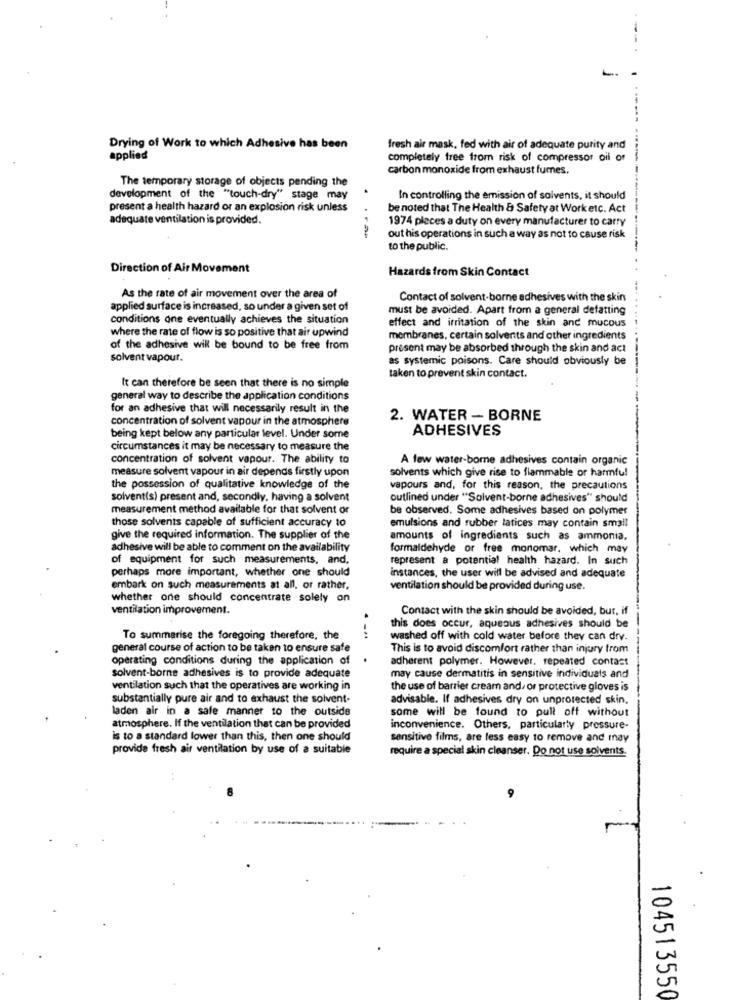
Drying of Work to which Adhesive has been
fresh air mask, fed with air of adequate purity and
applied
completely free from risk of compressor oil of
-
carbon monoxide from exhaust fumes.
The temporary storage of objects pending the
development of the "touch-dry" stage may
In controlling the emission of solvents, it should
present a health hazard or an explosion risk unless
be noted that The Health & Safety at Work etc. Act
adequate ventilation is provided.
1974 places a duty on every manufacturer to carry
out his operations in such a way as not to cause risk
to the public.
Direction of Air Movement
Hazards from Skin Contact
As the rate of air movement over the area of
Contact of solvent-borne adhesives with the skin
applied surface is increased, so under a given set of
must be avoided. Apart from a general delatting
conditions one eventually achieves the situation
effect and irritation of the skin and mucous
where the rate of flow is so positive that air upwind
membranes, certain solvents and other ingredients
of the adhesive will be bound to be free from
present may be absorbed through the skin and act
solvent vapour.
as systemic poisons. Care should obviously be
taken to prevent skin contact.
It can therefore be seen that there is no simple
general way to describe the application conditions
for an adhesive that will necessarily result in the
concentration of solvent vapour in the atmosphere
2. WATER - BORNE
ADHESIVES
being kept below any particular level. Under some
circumstances it may be necessary to measure the
concentration of solvent vapour. The ability to
A few water-borne adhesives contain organic
measure solvent vapour in air depends firstly upon
solvents which give rise to flammable or harmful
the possession of qualitative knowledge of the
vapours and, for this reason, the precautions
solvent(s) present and, secondly, having a solvent
outlined under "Solvent-borne adhesives" should
measurement method available for that solvent or
be observed. Some adhesives based on polymer
those solvents capable of sufficient accuracy to
emulsions and rubber latices may contain small
give the required information. The supplier of the
amounts of ingredients such as ammonia.
adhesive will be able to comment on the availability
formaldehyde or free monomar, which may
of equipment for such measurements, and,
represent a potential health hazard. In such
perhaps more important, whether one should
instances, the user will be advised and adequate
embark on such measurements at all, or rather,
ventilation should be provided during use.
whether one should concentrate solely on
ventilation improvement.
Contact with the skin should be avoided, but, if
this does occur, aqueous adhesives should be
To summarise the foregoing therefore, the
washed off with cold water before they can dry.
general course of action to be taken to ensure safe
This is to avoid discomfort rather than injury from
operating conditions during the application of
.
adherent polymer. However, repeated contact
solvent-borne adhesives is to provide adequate
may cause dermatitis in sensitive individuals and
ventilation such that the operatives are working in
the use of barrier cream and/ or protective gloves is
substantially pure air and to exhaust the solvent-
advisable. If adhesives dry on unprotected skin.
laden air in a safe manner to the outside
some will be found to pull off without
atmosphere. If the ventilation that can be provided
inconvenience. Others, particularly pressure-
is to a standard lower than this, then one should
sensitive films, are less easy to remove and may
provide fresh air ventilation by use of a suitable
require a special skin cleanser. Do not use solvents.
104513550